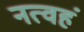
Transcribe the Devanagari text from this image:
नत्वहं